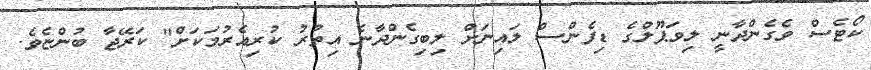
ކޯޓެސް ވެގެންދާނީ ލިވަޕޫލްގެ ޑިފެންސް ލައިނަށް ލިބިގެންދާނެ އިތުރު ކުރިއެރުމަކަށް" ކަރޭޖާ ބުންޏެވެ.